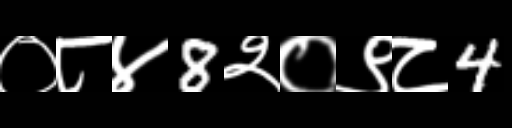
Text: ०८४8२०९८4